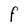
Character: f